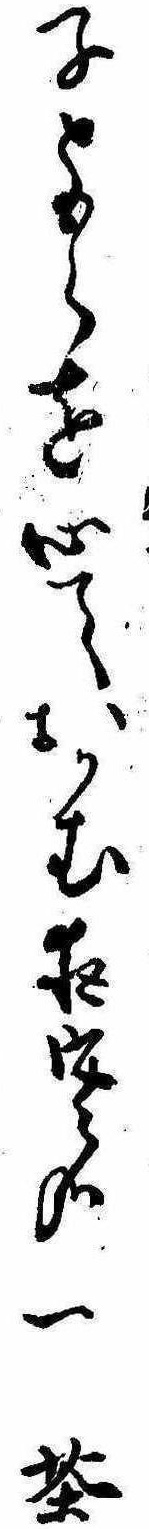
子ともらを心ておかむ夜寒哉一茶